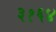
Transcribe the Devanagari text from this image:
३१६४